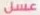
عسل